Vaccine operations Central Provinces & Berar 1912-1920 - 1912-1920
Year: 1912
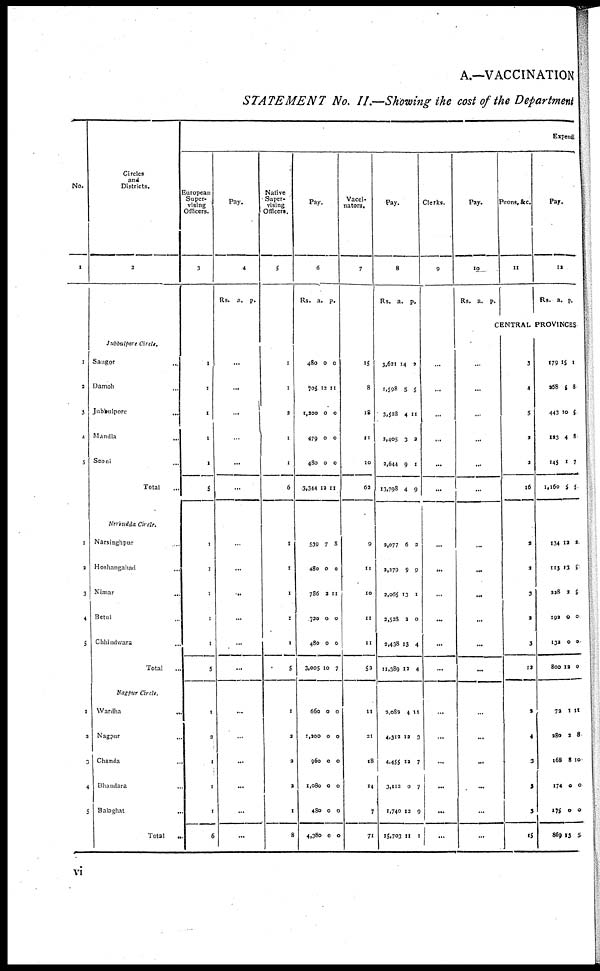
A.—VACCINATION
STATEMENT No. II.—Showing the cost of the Department
No.
1
1
3
3
4
5
1
2
3
4
5
1
2
3
4
5
Circles
and
Districts.
2
Jubbulpore Circle.
Saugor...
Damoh...
Jubbulpore...
Mandla...
Seoni...
Total...
Nerbudda Circle.
Narsinghpur...
Hoshangabad...
Nimar...
Betul...
Chhindwara...
Total...
Nagpur Circle.
Wardha...
Nagpur...
Chanda...
Bhandara...
Balaghat...
Total...
Expend
European
Super-
vising
Officers.
3
1
1
1
1
1
5
1
1
1
1
1
5
1
3
1
1
1
6
Pay.
4
Rs. a. p.
...
...
...
...
...
...
...
...
...
...
...
...
...
...
...
...
...
...
Native
Super-
vising
Officers.
5
1
1
3
1
1
6
1
1
1
1
1
5
1
3
2
2
1
8
Pay.
6
Rs. a. p.
480
705
1,200
479
480
3,344
0
12
0
0
0
12
0
11
0
0
0
11
539
480
786
730
480
3,005
7
0
3
0
0
10
8
0
11
0
0
7
660
1,300
960
1,080
480
4,380
0
0
0
0
0
0
0
0
0
0
0
0
Vacci-
nators.
7
15
8
18
11
10
62
9
11
10
11
11
52
11
21
18
14
7
71
Pay.
8
Rs. a. p.
3,621
1,598
3,528
2,405
2,644
13,798
14
5
4
3
9
4
2
5
11
2
1
9
2,077
3,279
2,065
2,528
2,438
11,389
6
9
13
2
13
12
2
9
1
0
4
4
3,082
4,312
4,455
3,112
1,740
15,703
4
12
12
0
12
11
11
3
7
7
9
1
Clerks.
9
...
...
...
...
...
...
...
...
...
...
...
...
...
...
...
...
...
...
Pay.
10
Rs. a. p.
Peons. &c.
11
Pay.
12
Rs. a. p.
CENTRAL PROVINCES
...
...
...
...
...
...
...
...
...
...
...
...
...
...
...
...
...
...
3
4
5
2
2
16
2
2
3
3
3
12
2
4
3
3
3
15
179
268
443
123
145
1,160
15
5
10
4
1
5
1
8
5
8
7
5
134
113
228
192
131
800
12
13
2
0
0
12
2
5
5
0
0
0
73
280
168
174
175
869
1
2
8
0
0
13
11
8
10
0
0
5
vi